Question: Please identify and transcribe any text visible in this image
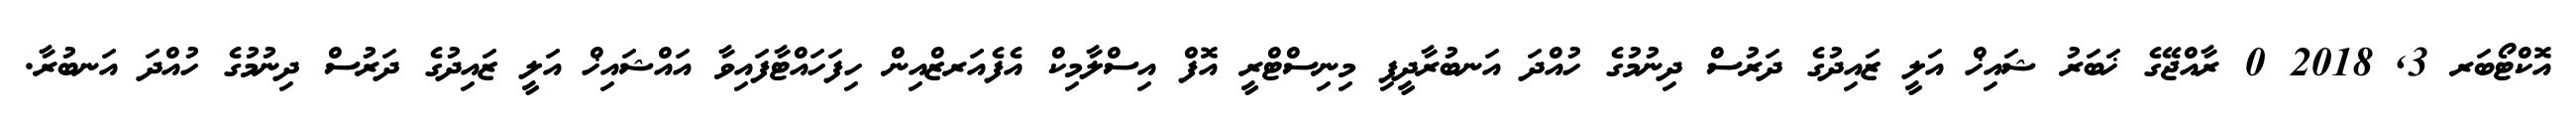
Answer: އޮކްޓޯބަރ 3, 2018 0 ރާއްޖޭގެ ޚަބަރު ޝައިޚް އަލީ ޒައިދުގެ ދަރުސް ދިނުމުގެ ހުއްދަ އަނބުރާދީފި މިނިސްޓްރީ އޮފް އިސްލާމިކް އެފެއަރޒްއިން ހިފަހައްޓާފައިވާ އައްޝައިޚް އަލީ ޒައިދުގެ ދަރުސް ދިނުމުގެ ހުއްދަ އަނބުރާ.